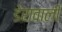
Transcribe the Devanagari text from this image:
डेरावाली